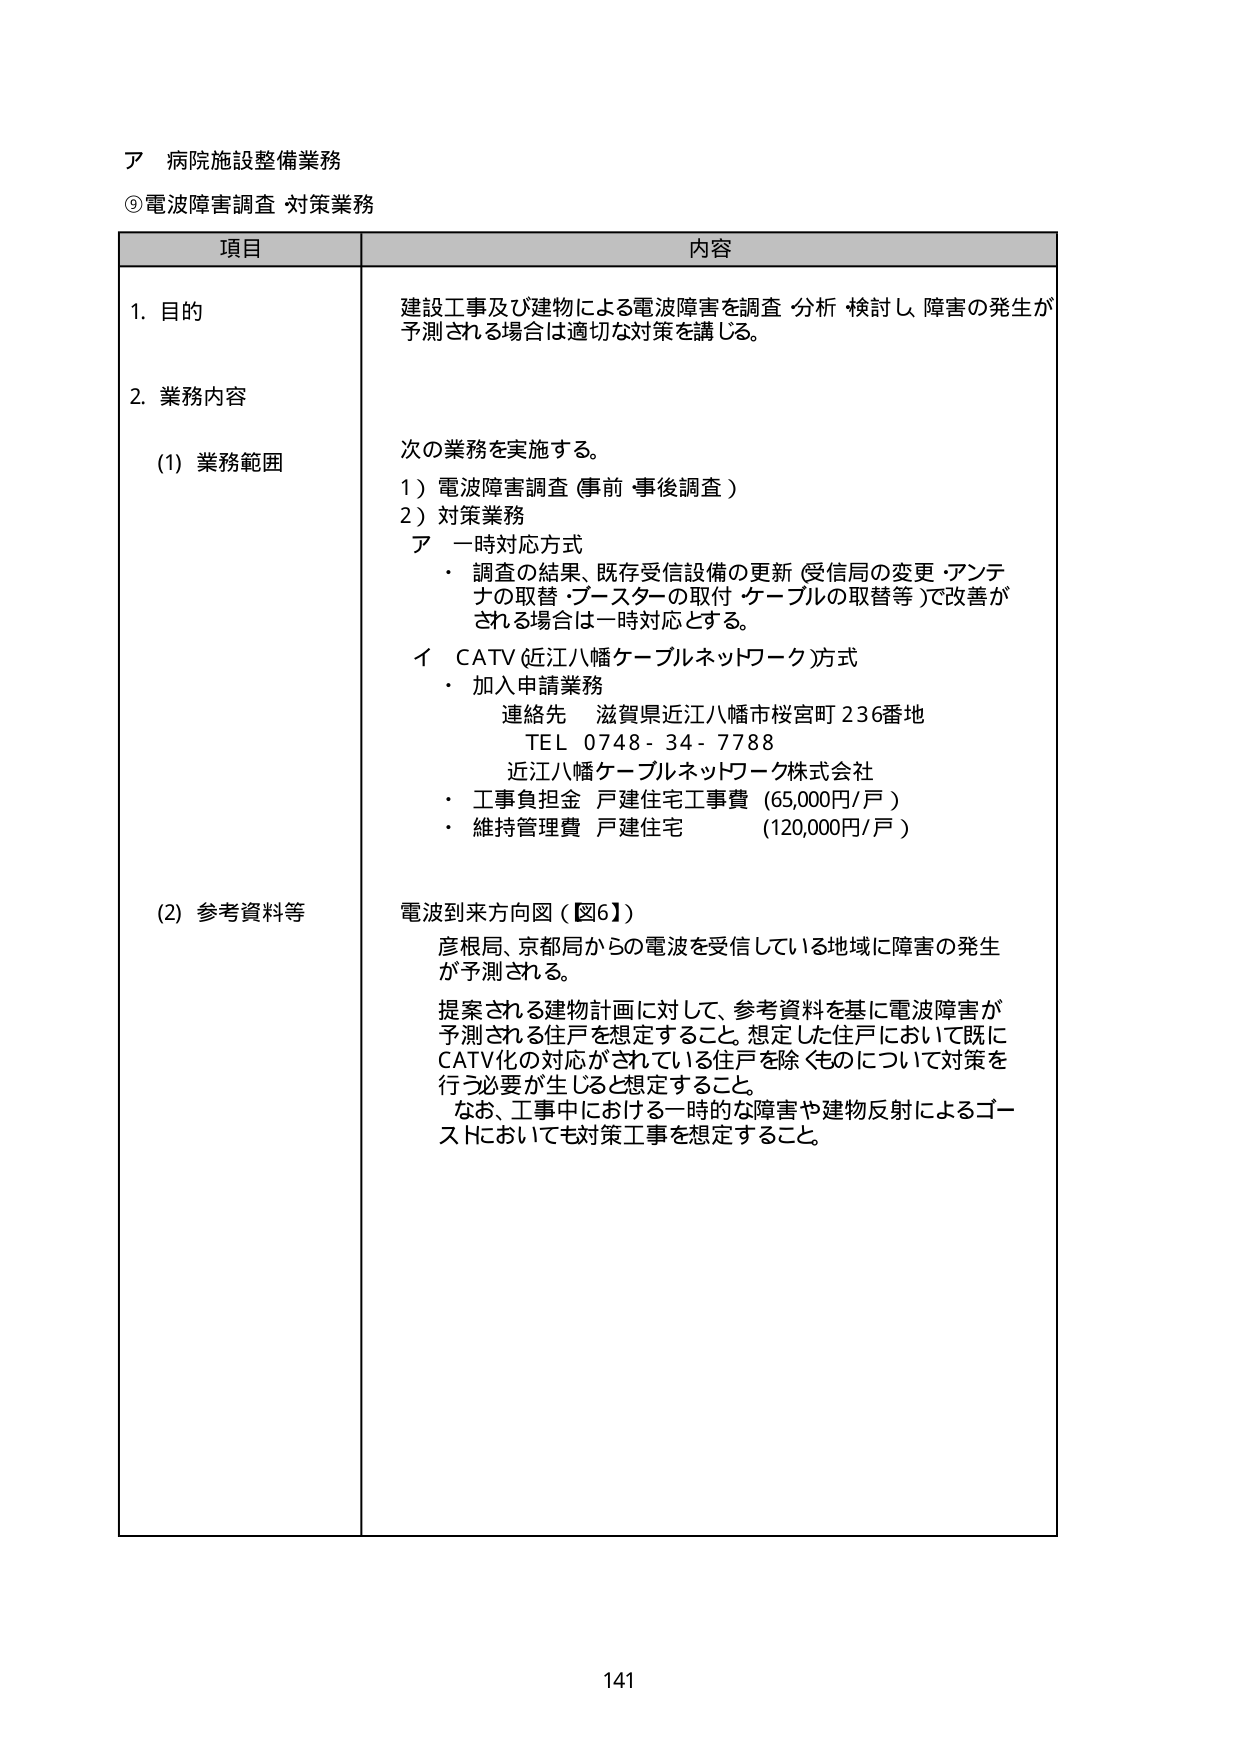
ア 病院施設整備業務
⑨電波障害調査 対策業務

項目 内容

1. 目的
建設工事及び建物による電波障害を調査・分析・検討し、障害の発生が予測される場合は適切な対策を講じる。

2. 業務内容
(1) 業務範囲
次の業務を実施する。
1）電波障害調査（事前・事後調査）
2）対策業務
ア 一時対応方式
・ 調査の結果、既存受信設備の更新（受信局の変更・アンテナの取替・ブースターの取付・ケーブルの取替等）で改善がされる場合は一時対応とする。
イ CATV（近江八幡ケーブルネットワーク方式）
・ 加入申請業務
連絡先 滋賀県近江八幡市桜宮町236番地
TEL 0748-34-7788
近江八幡ケーブルネットワーク株式会社
・ 工事負担金 戸建住宅工事費（65,000円/戸）
・ 維持管理費 戸建住宅（120,000円/戸）

(2) 参考資料等
電波到来方向図（図6）
彦根局、京都局からの電波を受信している地域に障害の発生が予測される。
提案される建物計画に対して、参考資料を基に電波障害が予測される住戸を想定すること。想定した住戸において既にCATV化の対応がされている住戸を除くものについて対策を行う必要が生じると想定すること。
なお、工事中における一時的な障害や建物反射によるゴーストについても対策工事を想定すること。

141